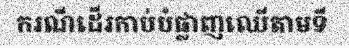
ករណីដើរកាប់បំផ្លាញឈើតាមទី